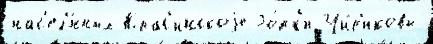
нас'ел'́нных Крас'инскоjе Го́рк'и-Чи́р'иковы